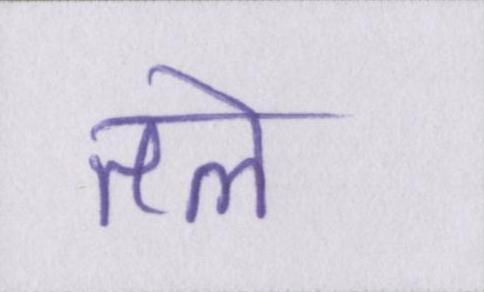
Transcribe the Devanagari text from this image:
तले